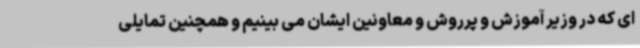
ای که در وزیر آموزش و پرروش و معاونین ایشان می بینیم و همچنین تمایلی